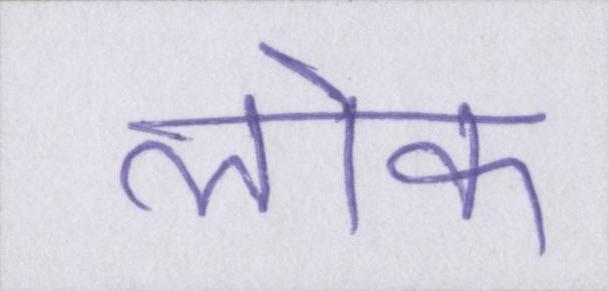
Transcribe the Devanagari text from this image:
लॊक